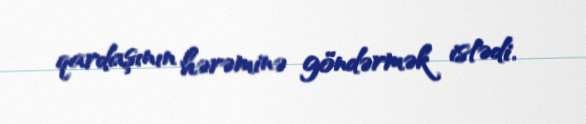
qardaşının hərəminə göndərmək istədi.